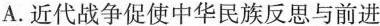
A.近代战争促使中华民族反思与前进